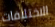
الاختلافات